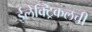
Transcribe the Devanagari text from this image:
ईलेक्ट्रिकलची